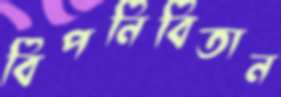
বিপনিবিতান